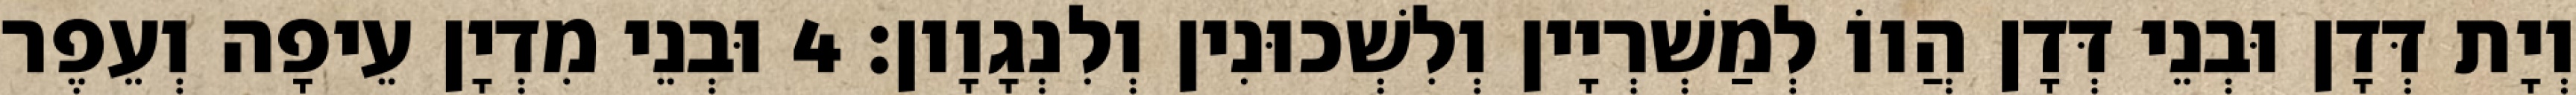
וְיָת דְּדָן וּבְנֵי דְּדָן הֲווֹ לְמַשְׁרְיָין וְלִשְׁכוּנִין וְלִנְגָוָון׃ 4 וּבְנֵי מִדְיָן עֵיפָה וְעֵפֶר